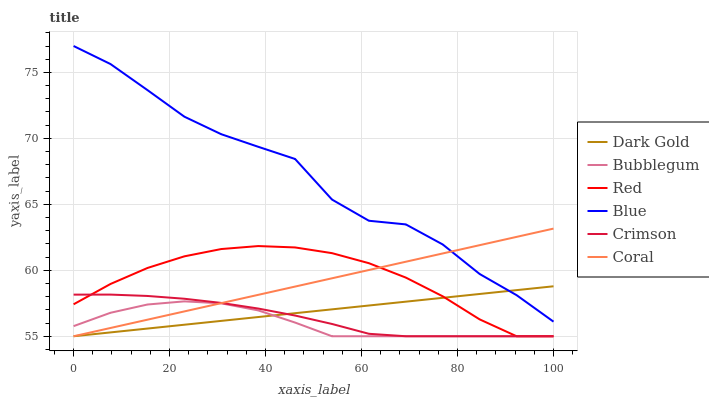
| xaxis_label | Dark Gold | Bubblegum | Red | Blue | Crimson | Coral |
 | --- | --- | --- | --- | --- | --- | --- |
 | 0 | 55 | 55.8 | 57.4 | 77 | 58.2 | 55 |
 | 7.69 | 55.3 | 56.8 | 59 | 75.6 | 58.2 | 55.6 |
 | 15.4 | 55.6 | 57.4 | 60.2 | 73.7 | 58.1 | 56.3 |
 | 23.1 | 55.9 | 57.6 | 61.1 | 71.6 | 57.8 | 56.9 |
 | 30.8 | 56.2 | 57.5 | 61.6 | 70.3 | 57.5 | 57.5 |
 | 38.5 | 56.5 | 57 | 61.8 | 69.4 | 57.1 | 58.1 |
 | 46.2 | 56.7 | 56 | 61.7 | 68.4 | 56.6 | 58.8 |
 | 53.8 | 57 | 55 | 61.3 | 65.4 | 55.9 | 59.4 |
 | 61.5 | 57.3 | 55 | 60.5 | 63.8 | 55.2 | 60 |
 | 69.2 | 57.6 | 55 | 59.4 | 63.5 | 55 | 60.6 |
 | 76.9 | 57.9 | 55 | 58 | 62 | 55 | 61.3 |
 | 84.6 | 58.2 | 55 | 56.3 | 59.7 | 55 | 61.9 |
 | 92.3 | 58.5 | 55 | 55 | 58.1 | 55 | 62.5 |
 | 100 | 58.8 | 55 | 55 | 56.1 | 55 | 63.2 |